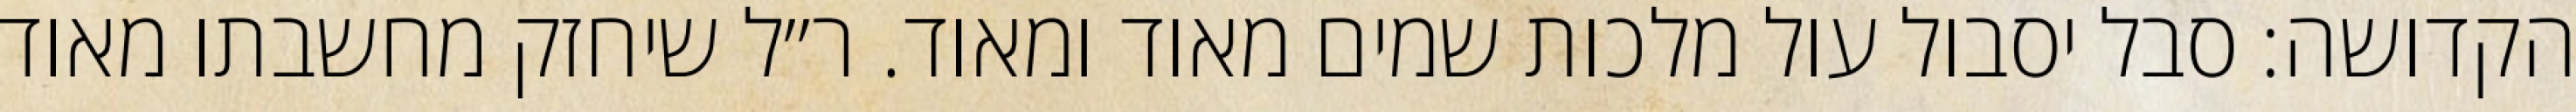
הקדושה: סבל יסבול עול מלכות שמים מאוד ומאוד. ר״ל שיחזק מחשבתו מאוד